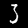
Label: 3